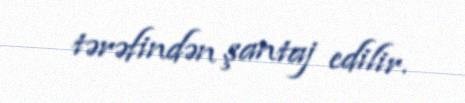
tərəfindən şantaj edilir.